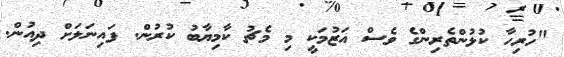
"ހުރިހާ ކުޅުންތެރިންގެ ވެސް އަޒުމަކީ މި މެޗު ކާމިޔާބު ކުރުން. ފައިނަލަށް ދިއުން.